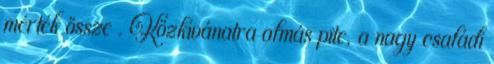
mérték össze . Közkívánatra almás pite, a nagy családi